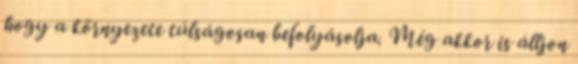
hogy a környezete túlságosan befolyásolja. Még akkor is álljon